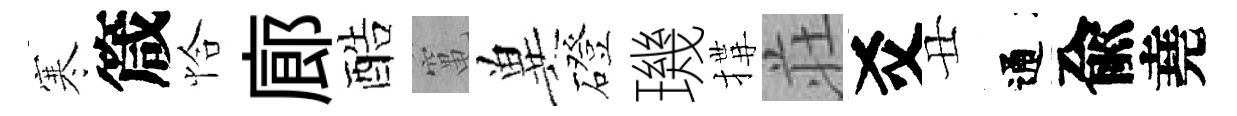
寒箴恰廊酷𥧄兾磴璣搆荘爻丑通兪堯